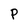
Character: P